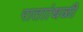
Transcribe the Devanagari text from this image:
राताांधळी